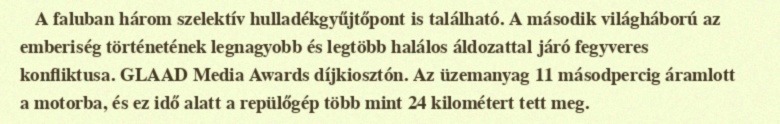
A faluban három szelektív hulladékgyűjtőpont is található. A második világháború az emberiség történetének legnagyobb és legtöbb halálos áldozattal járó fegyveres konfliktusa. GLAAD Media Awards díjkiosztón. Az üzemanyag 11 másodpercig áramlott a motorba, és ez idő alatt a repülőgép több mint 24 kilométert tett meg.